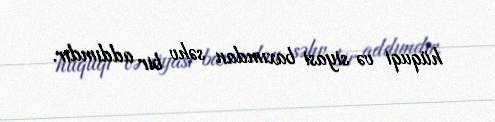
hüquqi və siyasi baxımdan səhv bir addımdır.